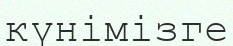
күнімізге